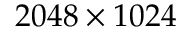
2 0 4 8 \times 1 0 2 4